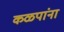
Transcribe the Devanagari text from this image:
कळपांना